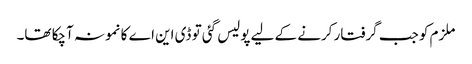
ملزم کو جب گرفتار کرنے کے لیے پولیس گئی تو ڈی این اے کا نمونہ آچکا تھا۔